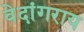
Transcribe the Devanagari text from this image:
वेदांगराय